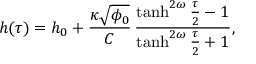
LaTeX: h ( \tau ) = h _ { 0 } + \frac { \kappa \sqrt { \phi _ { 0 } } } { C } \, \frac { \operatorname { t a n h } ^ { 2 \omega } \frac { \tau } 2 - 1 } { \operatorname { t a n h } ^ { 2 \omega } \frac { \tau } 2 + 1 } ,